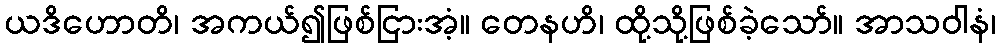
ယဒိဟောတိ၊ အကယ်၍ဖြစ်ငြားအံ့။ တေနဟိ၊ ထို့သို့ဖြစ်ခဲ့သော်။ အာသဝါနံ၊